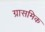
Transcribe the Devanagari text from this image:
ग्रासमिक